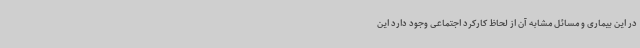
در این بیماری و مسائل مشابه آن از لحاظ کارکرد اجتماعی وجود دارد این